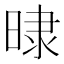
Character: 𣇨